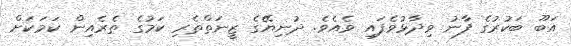
އަބޫ ބަކުރުގެ ފާނު ވިދާޅުވެފައި ވެއެވެ. ދުނިޔޭގެ ޒީނަތްތެރި ކަމުގެ ތެރެއިން ކަމަކަށް